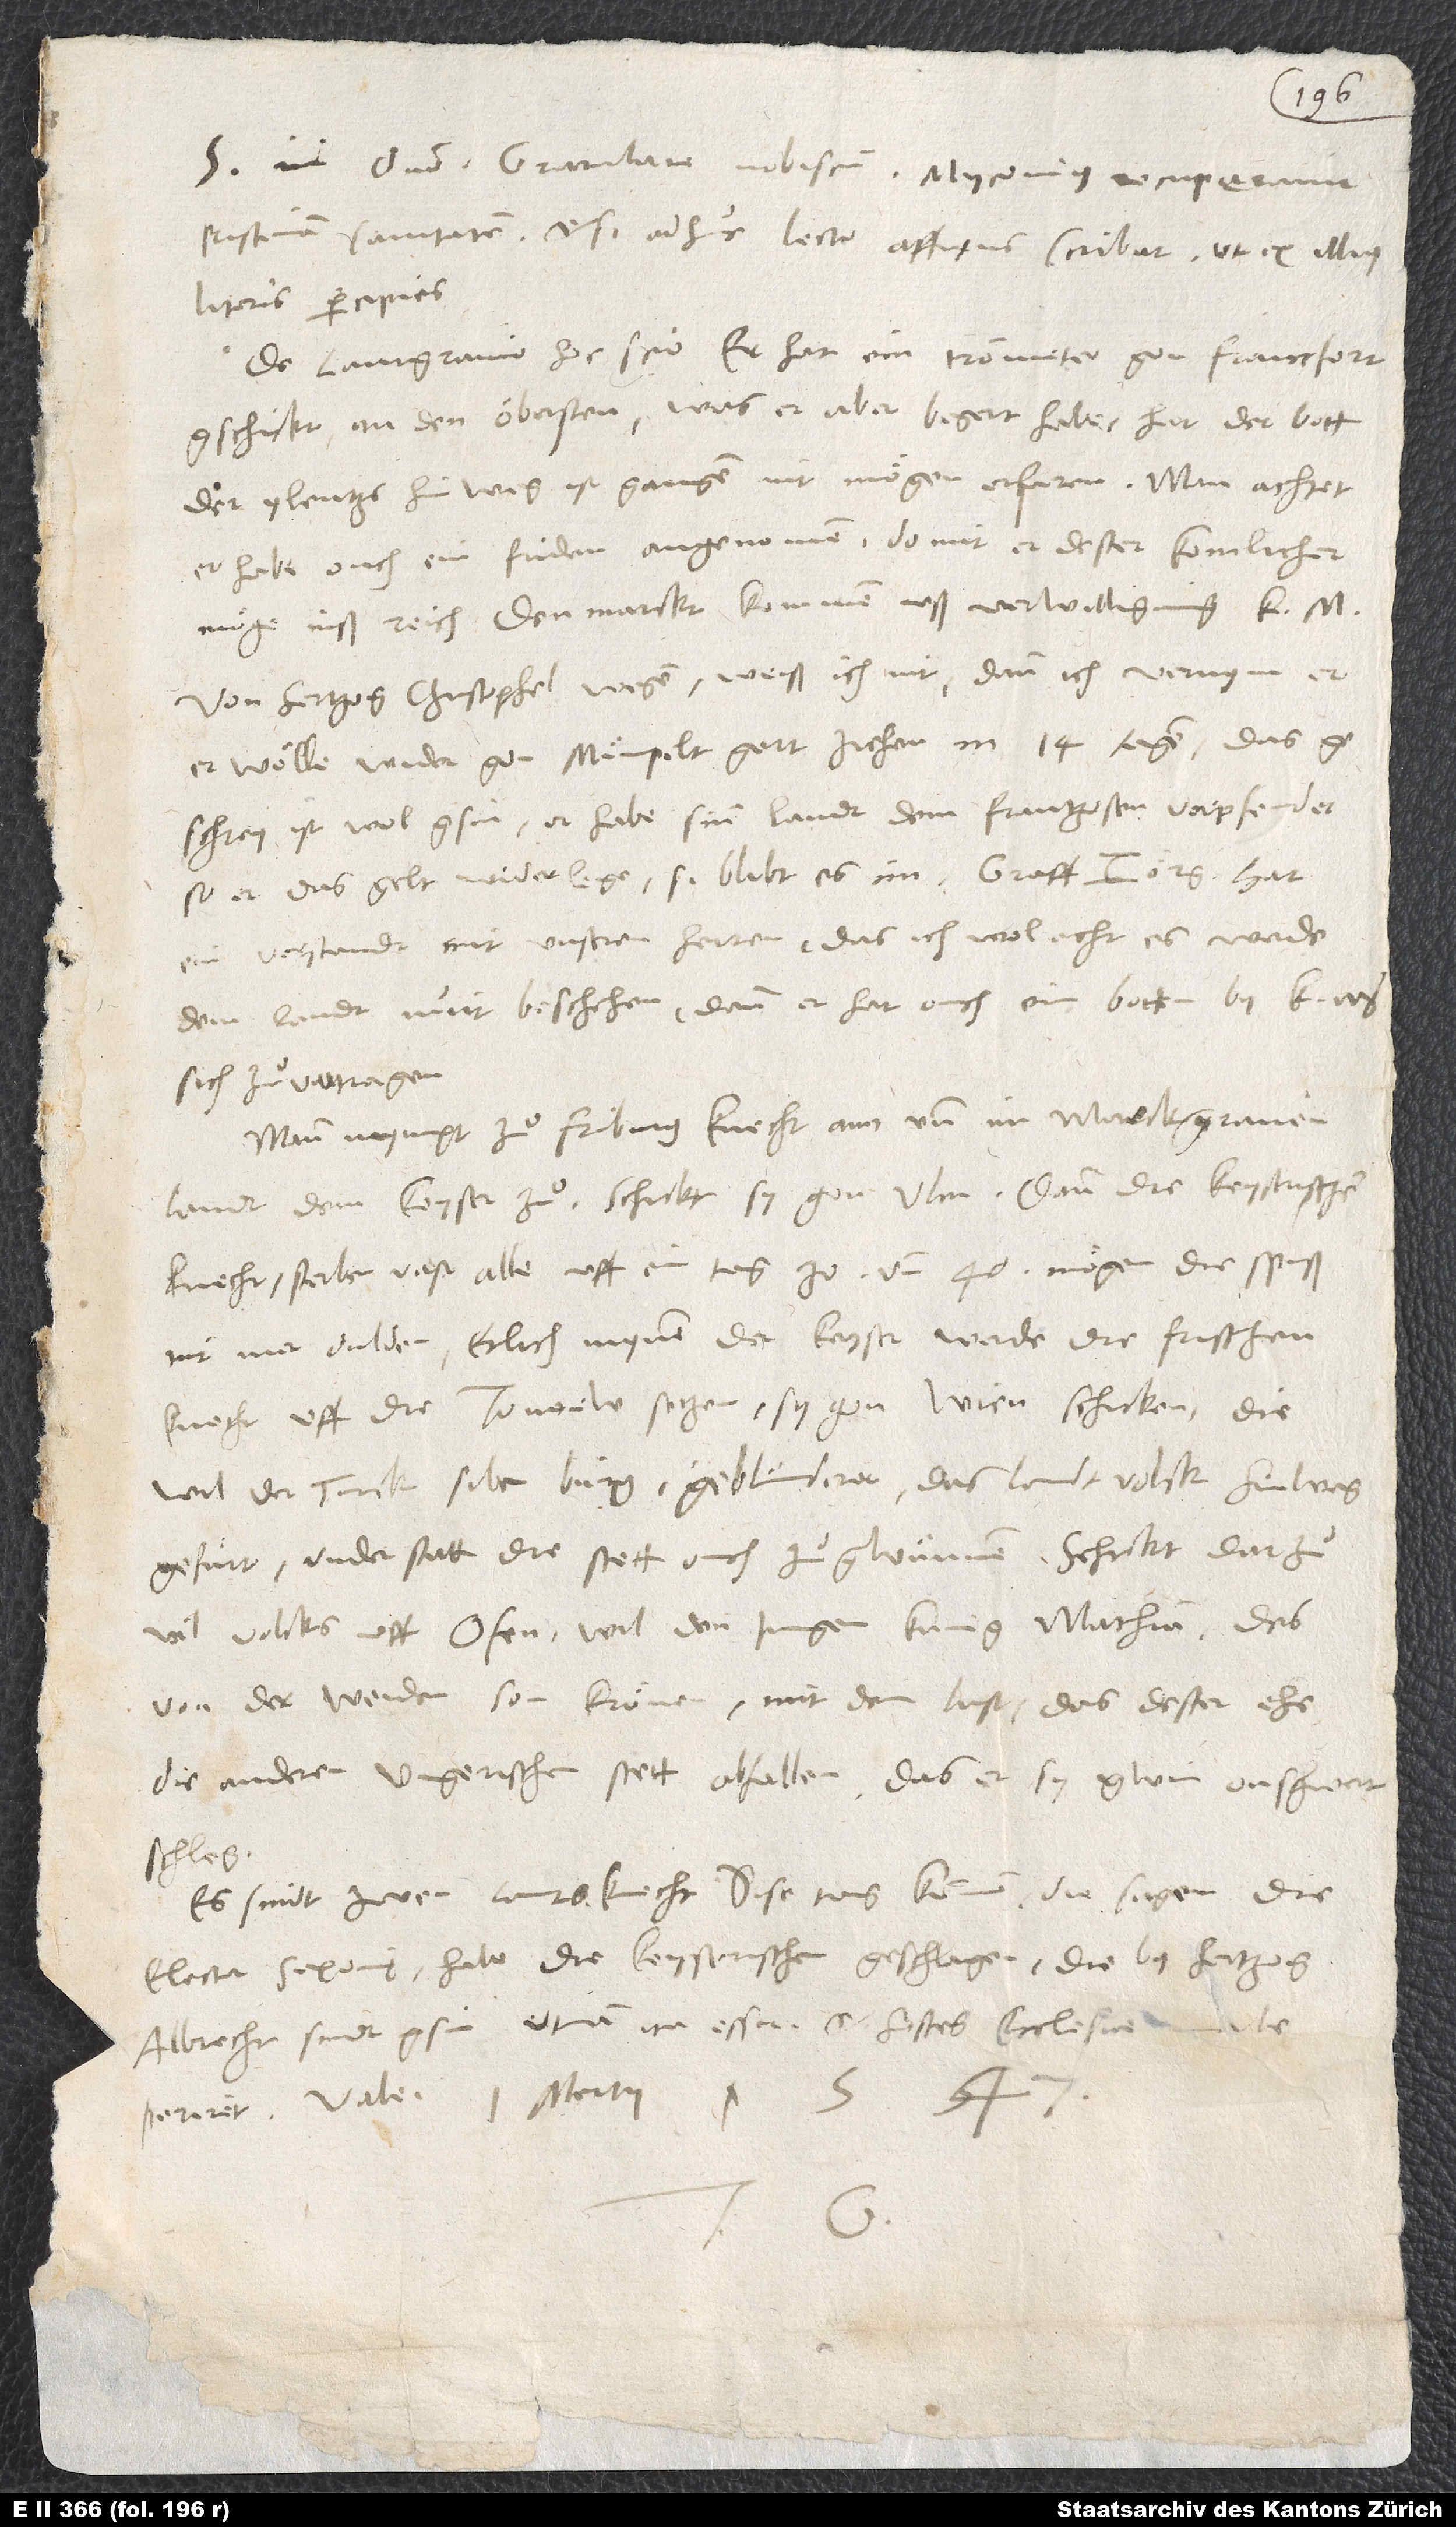
S. in domino. Gratulare nobiscum! Myconius recuperavit
pristinam sanitatem, etsi adhuc lecto affixus scribet, ut ex illius
literis percipies.
De lantgravio hoc scio: Er hat ein trommeter gon Francfort
gschickt an den öbristen. Was er aber begert habe, hat der bott,
der ylentz hinweg ist gangen, nit moͤgen erfaren. Man achtet,
er habe ouch ein friden angenomen, domit er dester komlicher
moͤge inß reich den marckt kommen uß verwilligung k.
Von hertzog Christophel wegen weiß ich nit, dann ich vernym, er
woͤlle wider gon Moͤmpeltgart ziehen in 14 tagen. Das
geschrey ist wol gsin, er habe sinn landt dem Frantzosen verpfendet;
ein verstandt mit unseren herren, das ich wol acht, es werde
dem landt nuit beschehen, dann er hat ouch ein botten by k. m.,
sich zuͦ vertragen.
Mann nympt zuͦ Friburg knecht ann und im Markgravenlandt
dem keyser zuͦ. Schickt sy gon Ulm, dann die keyserischen
knecht sterben vast alle (uff ein tag 30 und 40). Moͤ gen die spiß
nit mer dulden. Etlich mynen, der keyser werde die frischen
knecht uff die Tonoew setzen, sy gon Wien schicken, diewil
der Turck Sibenbürg geblünderet, das landtvolck hinweg
gefuͤrt. Understatt, die stett ouch zuͦ gwünnen. Schickt darzuͦ
vil volcks uff Ofen. Wil den jungen kunig Mathiam, des
von der Weiden son, krönen mit dem last, das dester ehe
die anderen ungerischen stett abfallen, das er sy gwin on schwertschleg.
Es sindt zwen lantsknecht dise tag kommen. Die sagen, der
elector Saxonię habe die keyserischen geschlagen, die by hertzog
Albrecht sindt gsin. Utinam ita esset et hostes ecclesiae male
Vale. 1. martii 1547.
G.